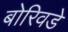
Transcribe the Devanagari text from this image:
बोरिवडे